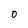
Character: O